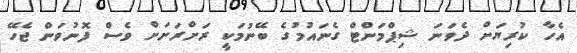
އެހާ ކުރިޔަށް ދެވަނަ ޝިޕްމަންޓް ގެނައުމުގެ ބޭނުމަކީ ރަށްރަށަށް ވެސް ފޮނުވަން ޖެހޭ